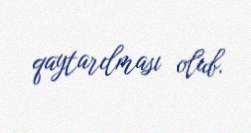
qaytarılması olub.